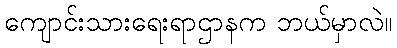
ကျောင်းသားရေးရာဌာနက ဘယ်မှာလဲ။